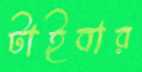
টাইবার